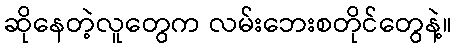
ဆိုနေတဲ့လူတွေက လမ်းဘေးစတိုင်တွေနဲ့။